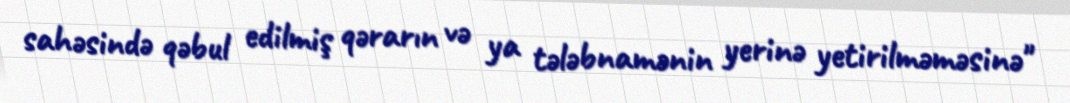
sahəsində qəbul edilmiş qərarın və ya tələbnamənin yerinə yetirilməməsinə''